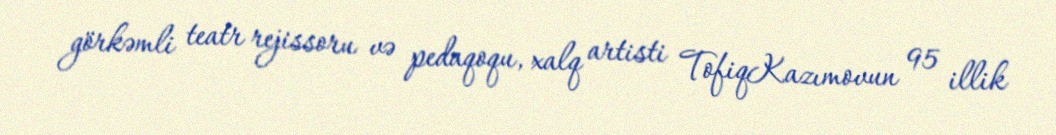
görkəmli teatr rejissoru və pedaqoqu, xalq artisti TofiqKazımovun 95 illik